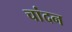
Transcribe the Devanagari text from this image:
चांदन